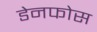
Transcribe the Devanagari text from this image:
डेनफोस